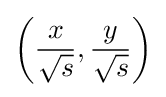
\left({\frac {x}{\sqrt {s}}},{\frac {y}{\sqrt {s}}}\right)